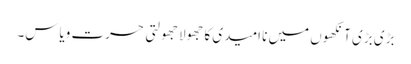
بڑی بڑی آنکھوں میں نا امیدی کا جھولا جھولتی حسرت ویاس۔